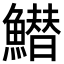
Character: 䲋